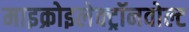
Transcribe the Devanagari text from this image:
माइक्रोइलेक्ट्रॉनवोल्ट